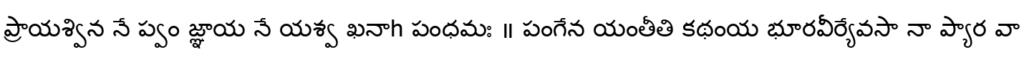
ప్రాయశ్విన నే ప్వం జ్ఞాయ నే యశ్వ ఖనాh పంధమః ॥ పంగేన యంతీతి కథంయ భూరవీర్యేవసా నా ప్యార వా